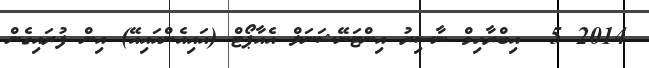
2014 5  އިބްރާހިމް ނާސިރު އިންޓަނޭޝަނަލް އެއާޕޯޓް (އައިއެންއައިއޭ) އިން ފުރައިގެން